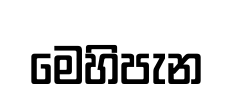
මෙහිපැන